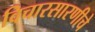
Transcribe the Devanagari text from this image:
विचारसारणीचे